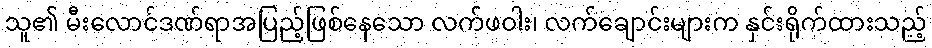
သူ၏ မီးလောင်ဒဏ်ရာအပြည့်ဖြစ်နေသော လက်ဖဝါး၊ လက်ချောင်းများက နှင်းရိုက်ထားသည့်